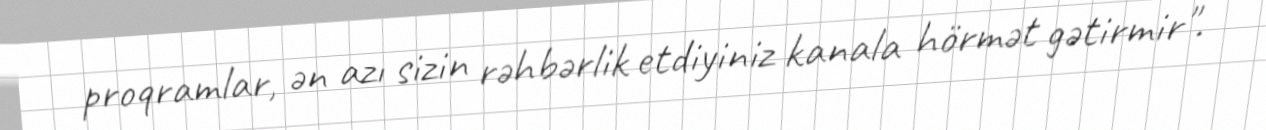
proqramlar, ən azı sizin rəhbərlik etdiyiniz kanala hörmət gətirmir".